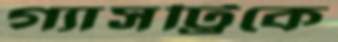
গ্যাসট্রিকে